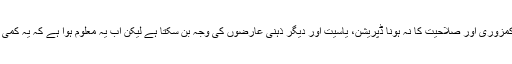
لندن: ہم جانتے ہیں کہ سماجی و معاشرتی رابطوں میں کمزوری اور صلاحیت کا نہ ہونا ڈپریشن، یاسیت اور دیگر ذہنی عارضوں کی وجہ بن سکتا ہے لیکن اب یہ معلوم ہوا ہے کہ یہ کمی جسمانی صحت کی خرابی کی بھی اہم وجہ بن سکتا ہے۔